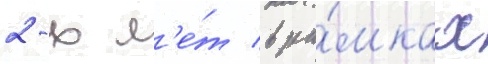
2-х л'е́т в ра́мках